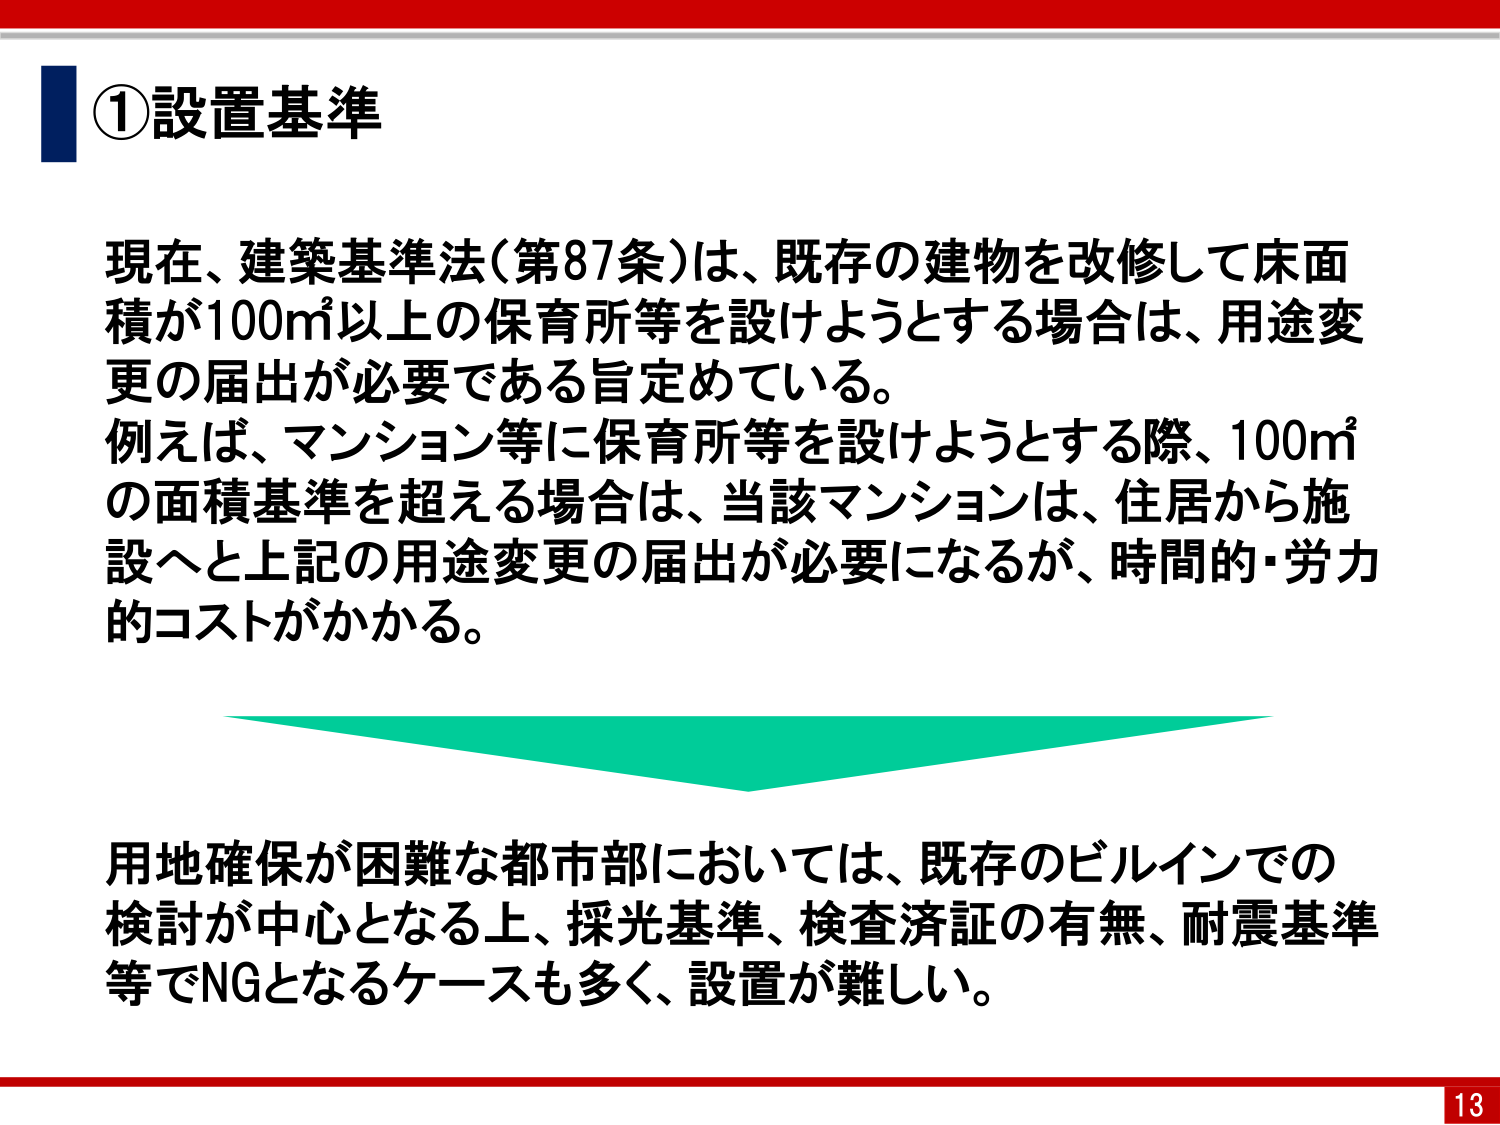
①設置基準

現在、建築基準法（第87条）は、既存の建物を改修して床面積が100㎡以上の保育所等を設けようとする場合は、用途変更の届出が必要である旨定めている。
例えば、マンション等に保育所等を設けようとする際、100㎡の面積基準を超える場合は、当該マンションは、住居から施設へと上記の用途変更の届出が必要になるが、時間的・労力的コストがかかる。

用地確保が困難な都市部においては、既存のビルインでの検討が中心となる上、採光基準、検査済証の有無、耐震基準等でNGとなるケースも多く、設置が難しい。

13